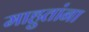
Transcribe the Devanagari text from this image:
माहुतांना